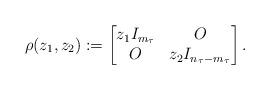
LaTeX: \begin{gather*}\rho(z_{1},z_{2}) :=\left[\begin{matrix}z_{1}I_{m_{\tau}} & O\\O & z_{2}I_{n_{\tau}-m_{\tau}} \end{matrix}\right] .\end{gather*}